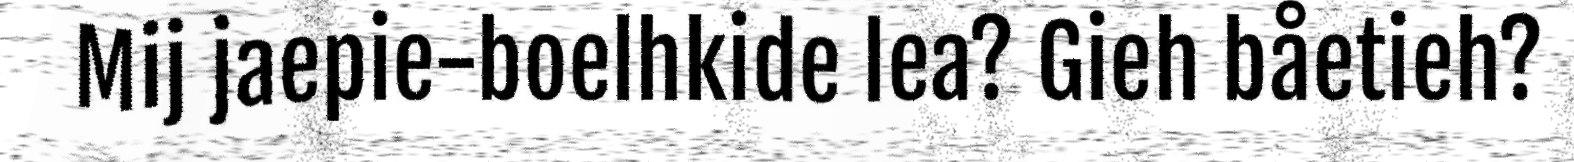
Mij jaepie-boelhkide lea? Gieh båetieh?